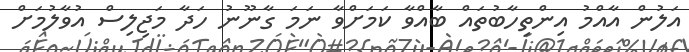
އަލުން އާއްމު އިންތިހާބުތައް ބާއްވާ ކަމަށްވާ ނަމަ ގާނޫނު ހަދާ މަޖިލިސް އުވާލުމަށް